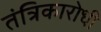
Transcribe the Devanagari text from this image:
तंत्रिकारोधी